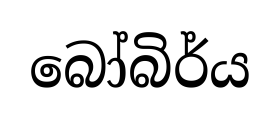
බෝබිර්ය